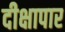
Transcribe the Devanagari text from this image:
दीक्षापार